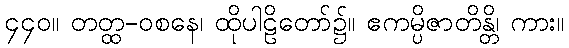
၄၄၀။ တတ္ထ-ဝစနေ၊ ထိုပါဠိတော်၌။ ဧကမ္ပိဇာတိန္တိ၊ ကား။